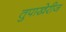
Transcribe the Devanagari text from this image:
तुपाखेरीज